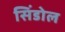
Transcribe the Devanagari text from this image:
सिंडोल